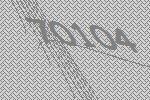
70104